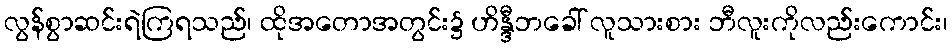
လွန်စွာဆင်းရဲကြရသည်၊ ထိုအတောအတွင်း၌ ဟိန္ဒီဘခေါ် လူသားစား ဘီလူးကိုလည်းကောင်း၊